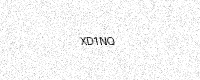
Text: XD1NQ